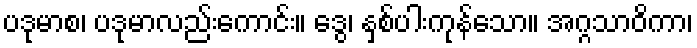
ပဒုမာစ၊ ပဒုမာလည်းကောင်း။ ဒွေ၊ နှစ်ပါးကုန်သော။ အဂ္ဂသာဝိကာ၊